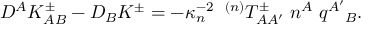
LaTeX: D ^ { A } K _ { A B } ^ { \pm } - D _ { B } K ^ { \pm } = - \kappa _ { n } ^ { - 2 } \; \; { } ^ { ( n ) } T _ { A A ^ { \prime } } ^ { \pm } \; n ^ { A } \; q ^ { A ^ { \prime } } { } _ { B } .